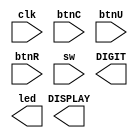
// <Student_ID> <Name>

// Add your ID and name to FIRST line of file, or you will get 5 points penalty
// e.g. 110123456 
module exam2_A(
    input clk,
    input btnC, 
    input btnU,
    input btnR, 
    input [15:0] sw, 
    output [3:0] DIGIT,
    output [6:0] DISPLAY, 
    output [15:0] led
);
    // add your design here

endmodule



// provided modules
module clock_divider #(parameter n=25) (clk, clk_div);
    input clk;
    output clk_div;

    reg [n-1:0] num = 0;
    wire [n-1:0] next_num;

    always @(posedge clk) begin
        num <= next_num;
    end

    assign next_num = num + 1;
    assign clk_div = num[n-1];
endmodule


module debounce (pb, clk, pb_debounced);
    input pb;
    input clk;
    output pb_debounced;

    reg [3:0] shift_reg;

    always @(posedge clk) begin
        shift_reg[3:1] <= shift_reg[2:0];
        shift_reg[0] <= pb;
    end

    assign pb_debounced = ((shift_reg == 4'b1111) ? 1'b1 : 1'b0);
endmodule


module seven_segment (
    input clk, 
    input [3:0] digit_0,
    input [3:0] digit_1, 
    input [3:0] digit_2, 
    input [3:0] digit_3, 
    output reg [3:0] DIGIT, 
    output reg [6:0] DISPLAY
);
    reg [3:0] value;

    always @(posedge clk) begin
        case (DIGIT)
            4'b1110: begin
                value <= digit_1;
                DIGIT <= 4'b1101;
            end 
            4'b1101: begin
                value <= digit_2;
                DIGIT <= 4'b1011;
            end
            4'b1011: begin
                value <= digit_3;
                DIGIT <= 4'b0111;
            end
            4'b0111: begin
                value <= digit_0;
                DIGIT <= 4'b1110;
            end
            default: begin
                value <= digit_0;
                DIGIT <= 4'b1110;
            end
        endcase
    end

    always @(*) begin
        case (value)
            4'd0:   DISPLAY = 7'b1000000;   // 0
            4'd1:   DISPLAY = 7'b1111001;   // 1
            4'd2:   DISPLAY = 7'b0100100;   // 2
            4'd3:   DISPLAY = 7'b0110000;   // 3
            4'd4:   DISPLAY = 7'b0011001;   // 4
            4'd5:   DISPLAY = 7'b0010010;   // 5
            4'd6:   DISPLAY = 7'b0000010;   // 6
            4'd7:   DISPLAY = 7'b1111000;   // 7
            4'd8:   DISPLAY = 7'b0000000;   // 8
            4'd9:   DISPLAY = 7'b0010000;   // 9
            4'd10:  DISPLAY = 7'b0111111;   // -
            default:DISPLAY = 7'b1111111;   // no light
        endcase
    end

endmodule